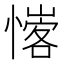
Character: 𢡦